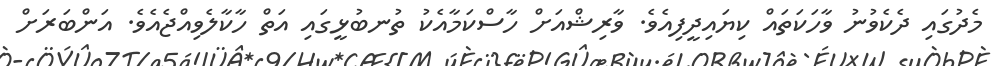
މެދުގައި ދެކެވުނު ވާހަކަތައް ކިޔައިދީފިއެވެ. ވާރިޝްއަށް ހާސްކަމާއެކު ތުނބުޅީގައި އަތް ހާކާލެވިއްޖެއެވެ. އަންބަރަށް